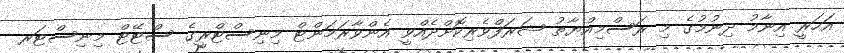
އަހަރީ އިނާމު ދިނުމުގެ މި ރަސްމިއްޔާތު ޝަރަފްވެރިކޮށްދެއްވީ އެންވާރަމަންޓް މިނިސްޓްރީގެ ސްޓޭޓް މިނިސްޓަރ